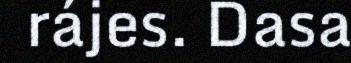
rájes. Dasa